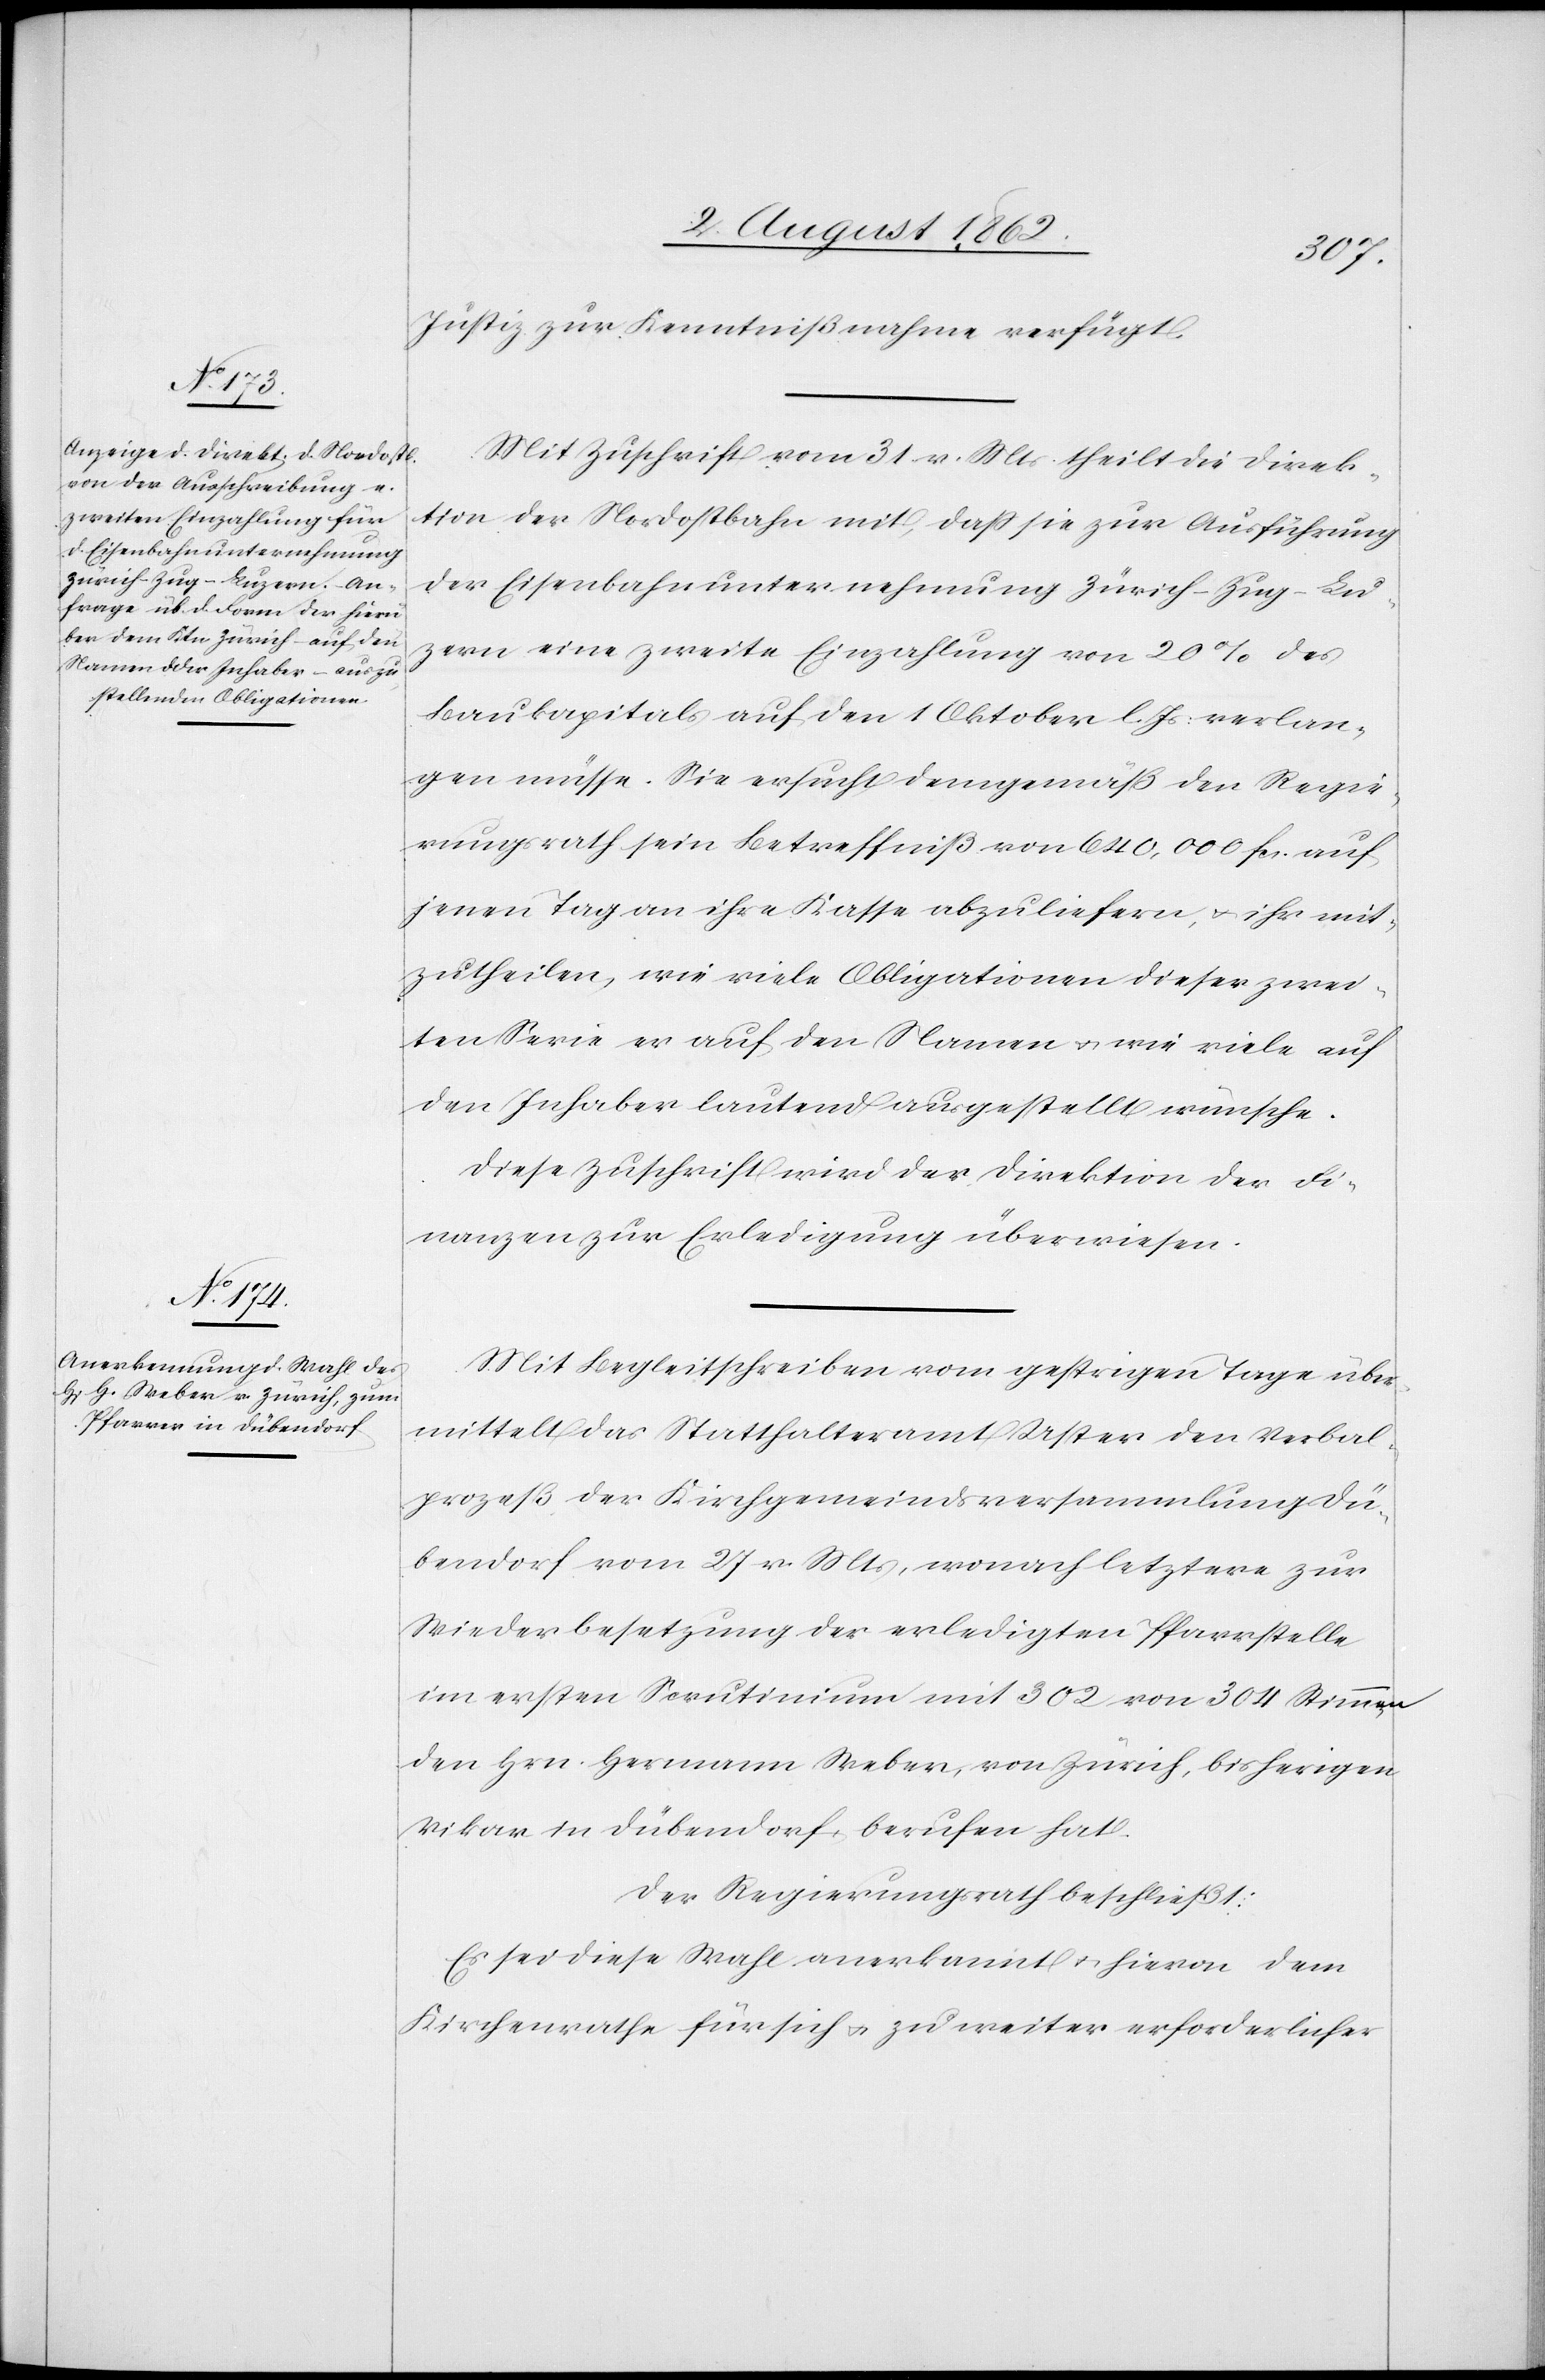
Justiz zur Kenntnißnahme verfügt.
Mit Zuschrift vom 31. v. Mts. theilt die Direk¬
tion der Nordostbahn mit, daß sie zur Ausführung
der Eisenbahnunternehmung Zürich–Zug–Lu¬
zern eine zweite Einzahlung von 20% des
Baukapitals auf den 1. Oktober l. Js. verlan¬
gen müsse. Sie ersucht demgemäß den Regie¬
rungsrath sein Betreffniß von 640,000 fcs. auf
jenen Tag an ihre Kasse abzuliefern, u. ihr mit¬
zutheilen, wie viele Obligationen dieser zwei¬
ten Serie er auf den Namen u. wie viele auf
den Inhaber lautend ausgestellt wünsche.
Diese Zuschrift wird der Direktion der Fi¬
nanzen zur Erledigung überwiesen.
Mit Begleitschreiben vom gestrigen Tage über¬
mittelt das Statthalteramt Uster den Verbal¬
prozeß der Kirchgemeindsversammlung Dü¬
bendorf vom 27. v. Mts., wonach letztere zur
Wiederbesetzung der erledigten Pfarrstelle
im ersten Scrutinium mit 302 von 304 Stimmen
den Hrn. Hermann Weber, von Zürich, bisherigen
Vikar in Dübendorf, berufen hat.
Der Regierungsrath beschließt:
Es sei diese Wahl anerkannt u. hievon dem
Kirchenrathe für sich u. zu weiter erforderlicher